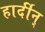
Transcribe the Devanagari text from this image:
हार्दीन्